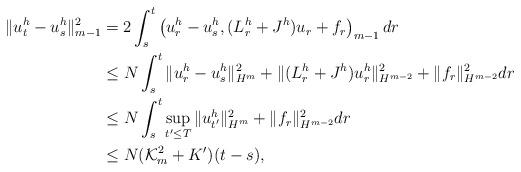
LaTeX: \begin{align*} \|u^h_t-u^h_s\|^2_{m-1}& =2\int_s^t \left(u^h_r-u^h_s, (L^h_r+J^h)u_r+ f_r \right)_{m-1} dr \\& \leq N \int_s^t \|u^h_r-u^h_s\|^2_{H^m}+\|(L^h_r+J^h)u^h_r\|^2_{H^{m-2}}+ \|f_r\|^2_{H^{m-2}} dr \\& \leq N \int_s^t \sup_{t' \leq T } \|u^h_{t'}\|^2_{H^m} +\|f_r\|^2_{H^{m-2}} dr \\& \leq N(\mathcal{K}_m^2+K')(t-s),\end{align*}